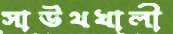
সাউথখালী